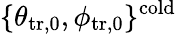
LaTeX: \{ \theta_{\mathrm{tr,0}},\phi_{\mathrm{tr,0}}\} ^{\mathrm{cold}}